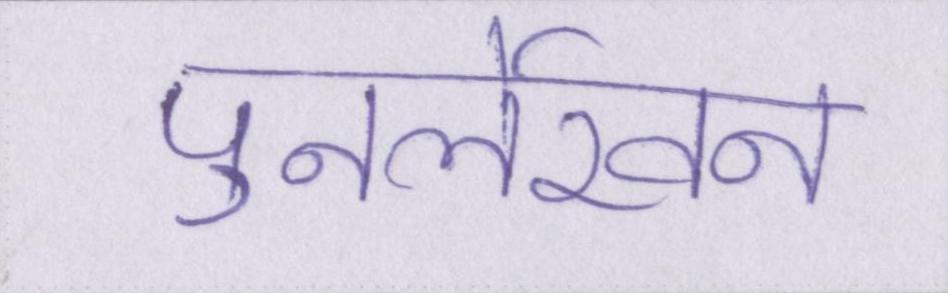
पुनर्लेखन